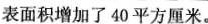
表面积增加了40平方厘米。